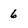
Character: 6